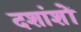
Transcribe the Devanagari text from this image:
दशांशों